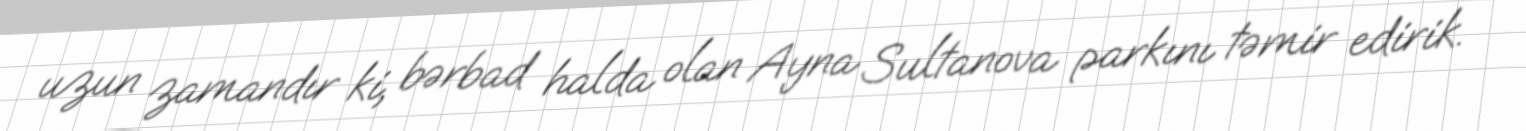
uzun zamandır ki, bərbad halda olan Ayna Sultanova parkını təmir edirik.